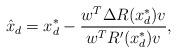
LaTeX: \begin{align*} \hat{x}_d = x_d^{\ast} - \frac{w^T\Delta R(x_d^{\ast})v}{w^TR'(x_d^{\ast})v},\end{align*}